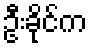
ဦးခိုင်က